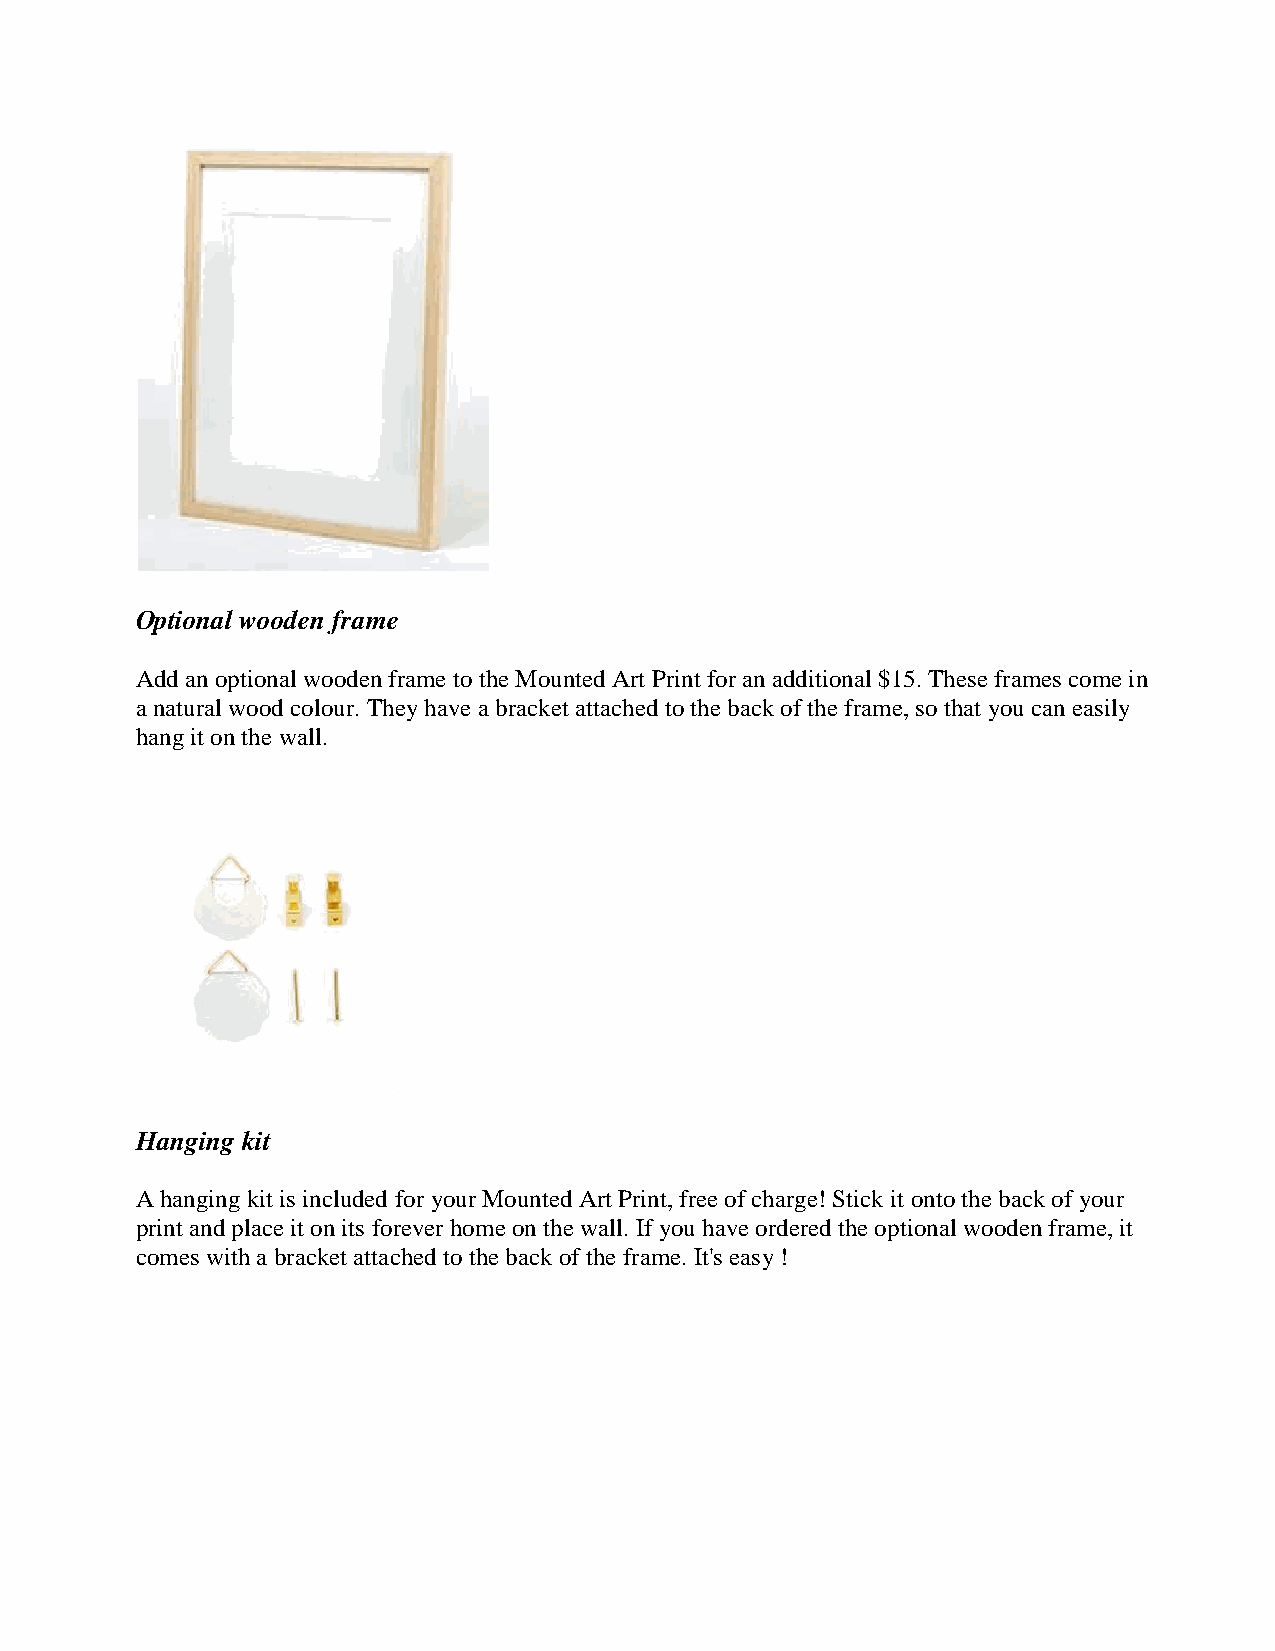
Optional wooden frame
 Add an optional wooden frame to the Mounted Art Print for an additional $15. These frames come in
 a natural wood colour. They have a bracket attached to the back of the frame, so that you can easily
 hang it on the wall.
 Hanging kit
 A hanging kit is included for your Mounted Art Print, free of charge! Stick it onto the back of your
 print and place it on its forever home on the wall. If you have ordered the optional wooden frame, it
 comes with a bracket attached to the back of the frame. It's easy !